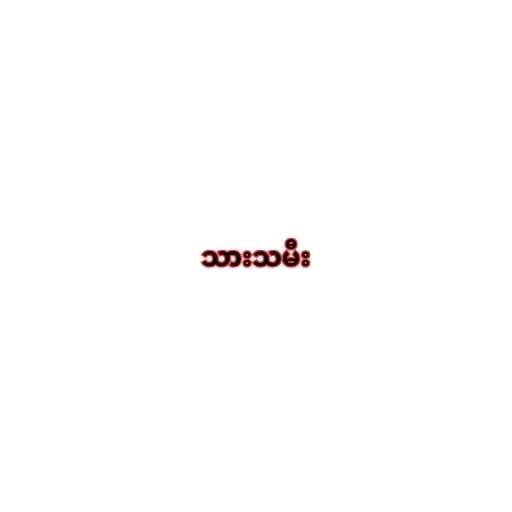
သားသမီး